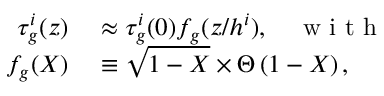
\begin{array} { r l } { \tau _ { g } ^ { i } ( z ) } & { { } \approx \tau _ { g } ^ { i } ( 0 ) f _ { g } ( z / h ^ { i } ) , \quad \mathrm { ~ w ~ i ~ t ~ h ~ } } \\ { f _ { g } ( X ) } & { { } \equiv \sqrt { 1 - X } \times \Theta \left( 1 - X \right) , } \end{array}